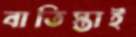
বাতিস্তাই